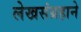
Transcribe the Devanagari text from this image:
लेखसंग्रहाने